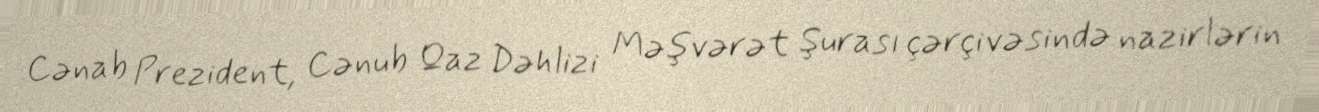
Cənab Prezident, Cənub Qaz Dəhlizi Məşvərət Şurası çərçivəsində nazirlərin